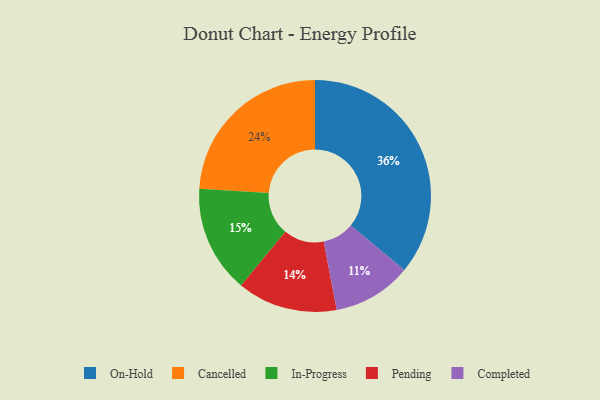
{"axis": {"x": "Category", "y": "Percentage"}, "legend": ["Cancelled", "Completed", "In-Progress", "On-Hold", "Pending"], "data": [{"x": "Pending", "y": 14, "type": "Pending"}, {"x": "Completed", "y": 11, "type": "Completed"}, {"x": "Cancelled", "y": 24, "type": "Cancelled"}, {"x": "In-Progress", "y": 15, "type": "In-Progress"}, {"x": "On-Hold", "y": 36, "type": "On-Hold"}]}